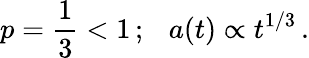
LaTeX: p=\frac{1}{3}<1\, ;~~~a(t)\propto t^{1/3}\, .